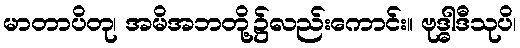
မာတာပိတု၊ အမိအဘတို့၌လည်းကောင်း။ ဗုဒ္ဓါဒီသုပိ၊